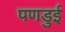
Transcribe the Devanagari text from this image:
पणडुई